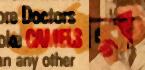
ঊর্বর